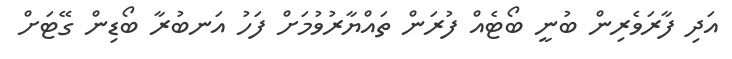
އަދި ފާރަވެރިން ބުނީ ބޯޓެއް ފުރަން ތައްޔާރުވުމަށް ފަހު އަނބުރާ ބޯޑިން ގޭޓަށް